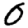
Digit: 0